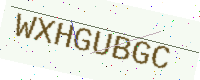
Text: WXHGUBGC